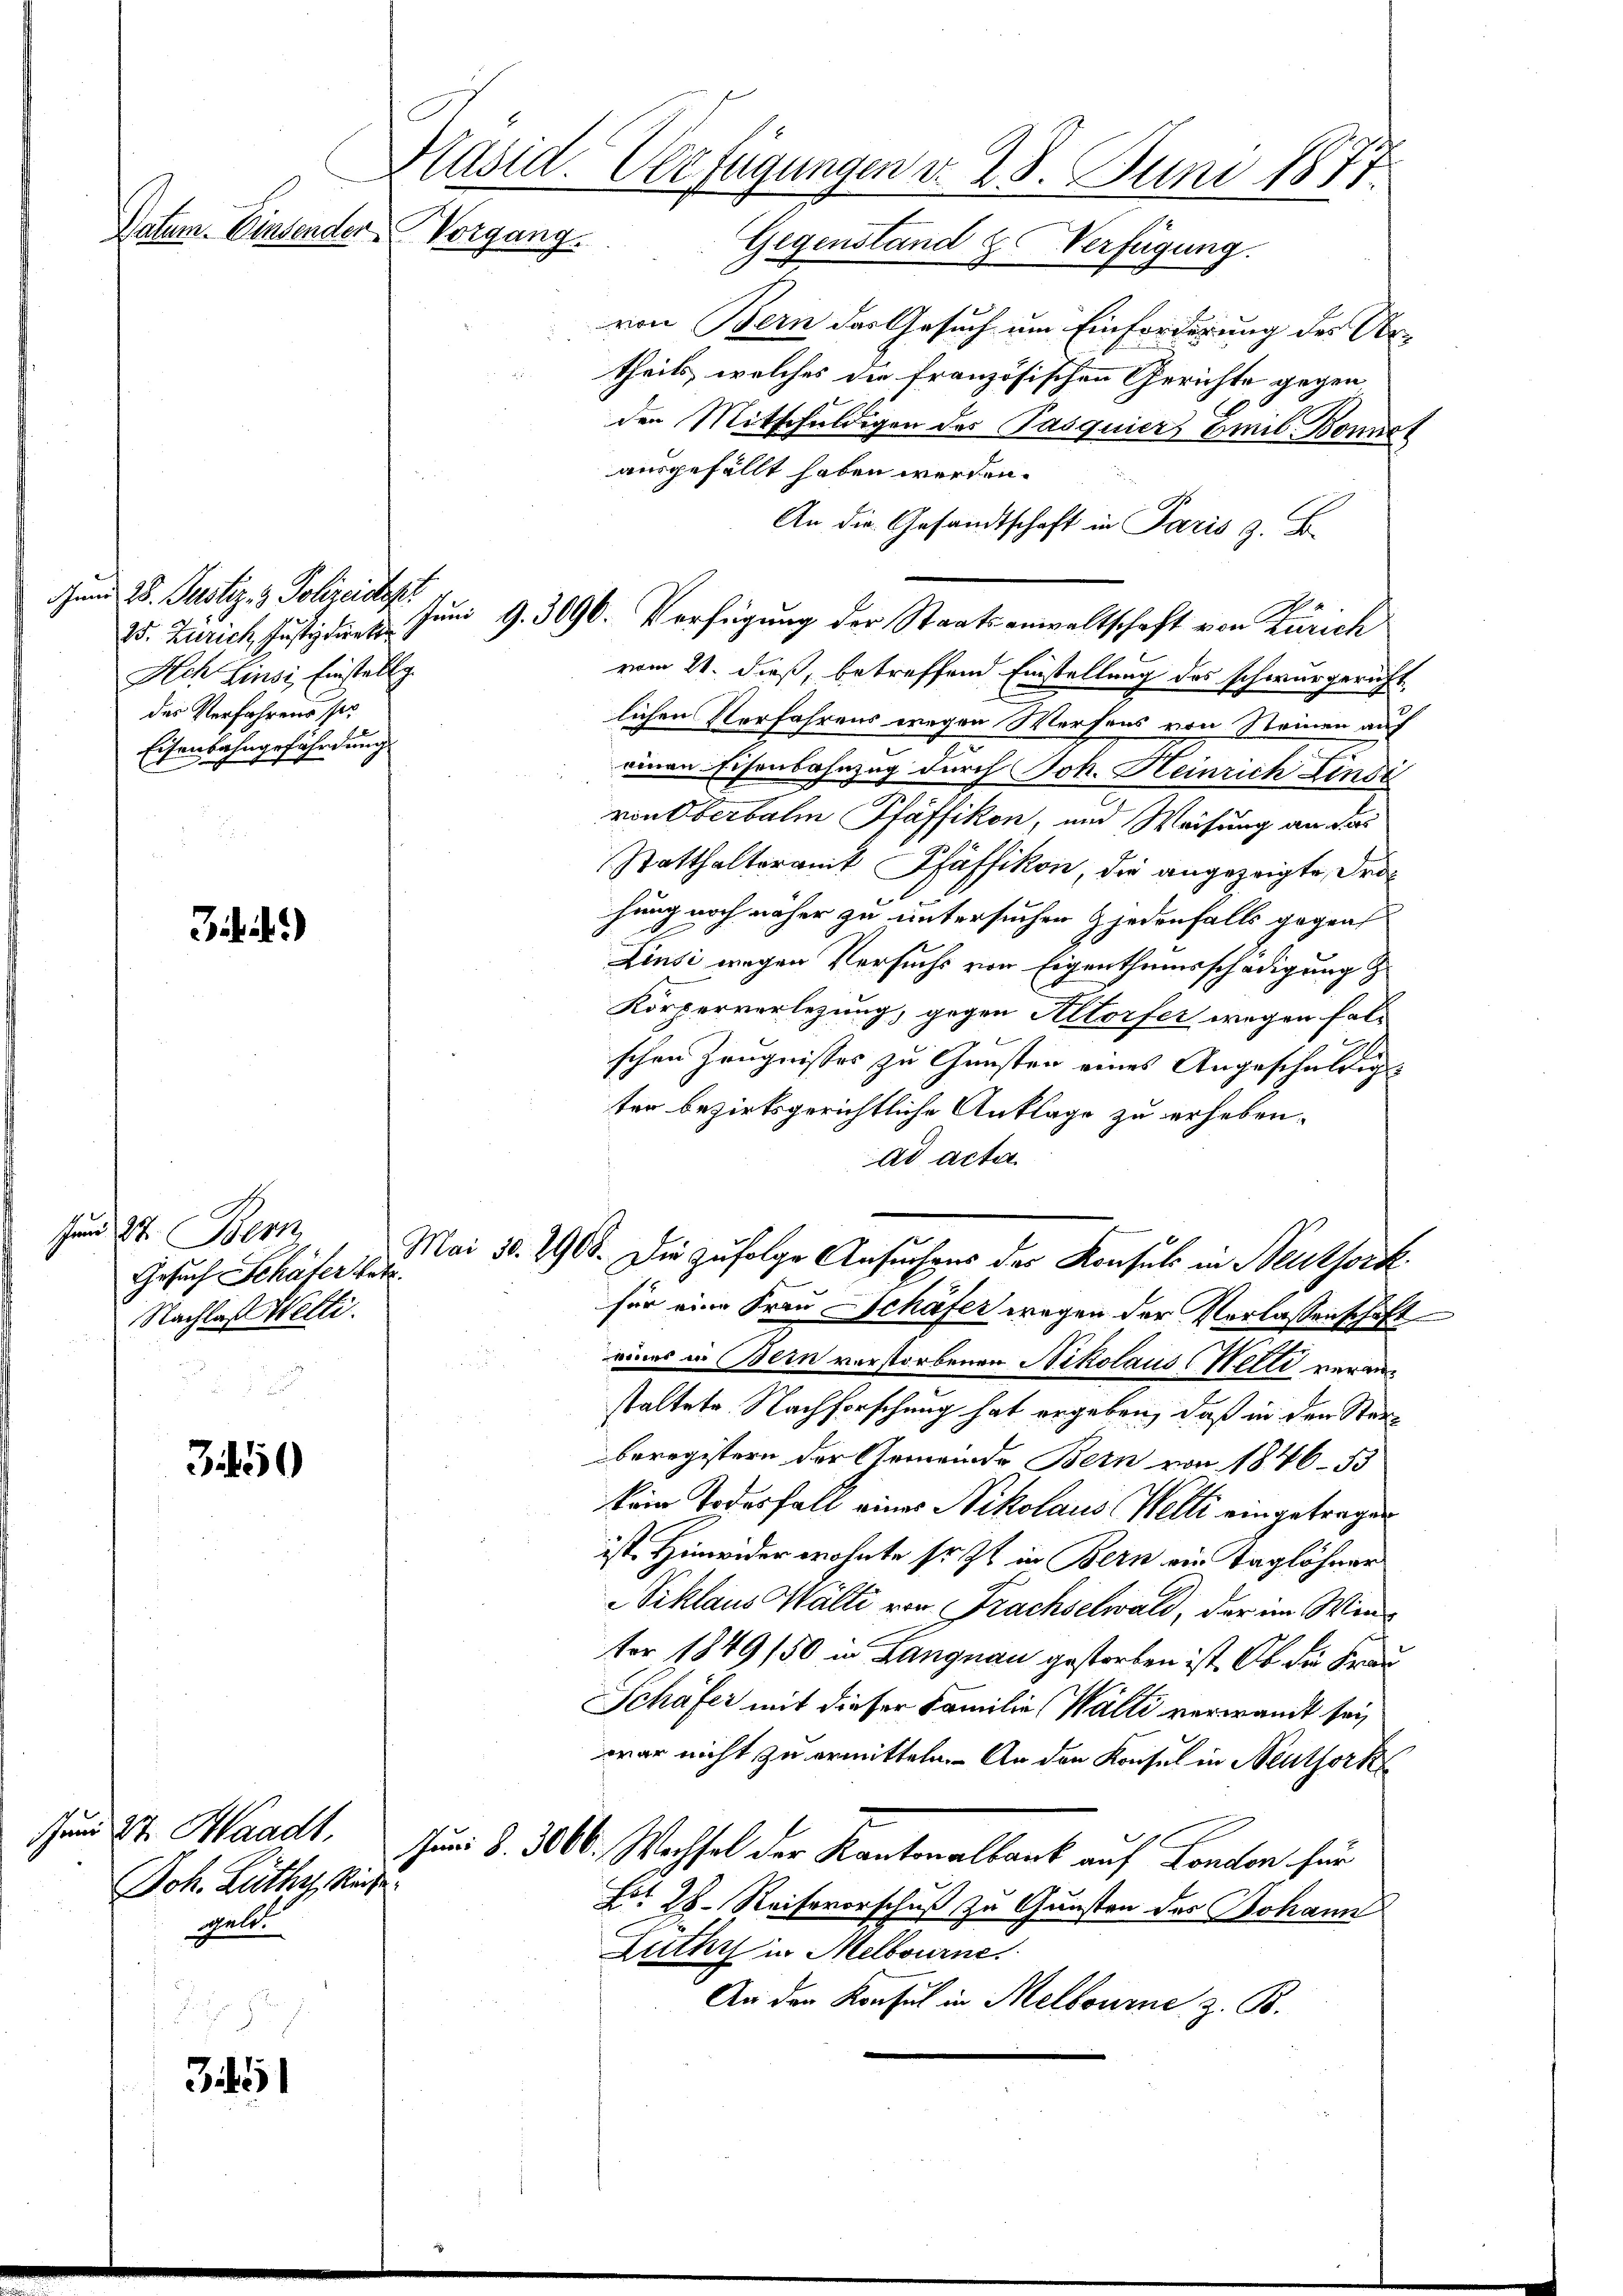
Juni 28. Justiz- & Polizeidept
Ach Hinsi, Einstallg.
des Verfahrens so
Eisenbahngefährdung

Datum. Einsender Vorgang.

Bibi.)

schen 27. Bern
Gesuch Schäfer betr.
Nachlaß Welti.

345

345

Jund St. Waadt,
Joh. Lüthy, Ruhe.
gelt.

von Bern das Gesuch um Einforderung des Ar-
theils, welches die französischen Gerichte gegen
den Mitschuldigen des Pasquier Emil Bonnel
ausgefällt haben werden.
An die Gesandtschaft in Paris z. B.
75. Zürich Justiz. Juni 9.3090. Verfügung der Staatsanwaltschaft von Zürich
vom 21. dieß, betreffend Einstellung des schwurgerichtlichen Verfahrens wegen Werfens von Steinen auf
einen Eisenbahnzug durch Joh. Heinrich Lindi
von Oberbalm Pfäffikon, und Weisung an das
Statthalteramt Pfäffikon, die angezeigte Frahung noch näher zu untersuchen & jedenfalls gegens
Linsi wegen Versuchs von Eigenthumsschädigung z
Körperverlegung, gegen Altorfer wegen falschen Zeugnisses zu Gunsten eines Angeschältig
ten bezirksgerichtliche Anklage zu erheben.
ad acta
Mai 10. 1905. Die zufolge Ansuchens des Konsuls in Neuthork
für eine Frau Schäfer wegen der Verlassenschaft
eines in Bern verstorbenen Nikolaus (Welti veranstaltete Nachforschung hat ergeben, daß in den Sterberegistern der Gemeinde Bern von 1846. 53
kein Todesfall eines Nikolaus Welti eingetragen
ist. Hinwider wohnte soit in Bern ein Taglöhner
Viklaus Wälti von Frachselwald, der im Winter 1849/50 in Langnau gestorben ist. Ob die Frau
Schäfer mit dieser Familie (Walli verwandt sei,
war nicht zu ermitteln. An den Konsul in Neuthork
Jun §. 3000. Wechsel der Kantonalbank auf London für
Fr. 28. Reisevorschuß zu Gunsten des Johann
Zuthy in Melbourne
An den Konsul in Melbourne z. B.

Präsid. Überfügungen d. 28. Juni 1877
Gegenstand zu Verfügung.